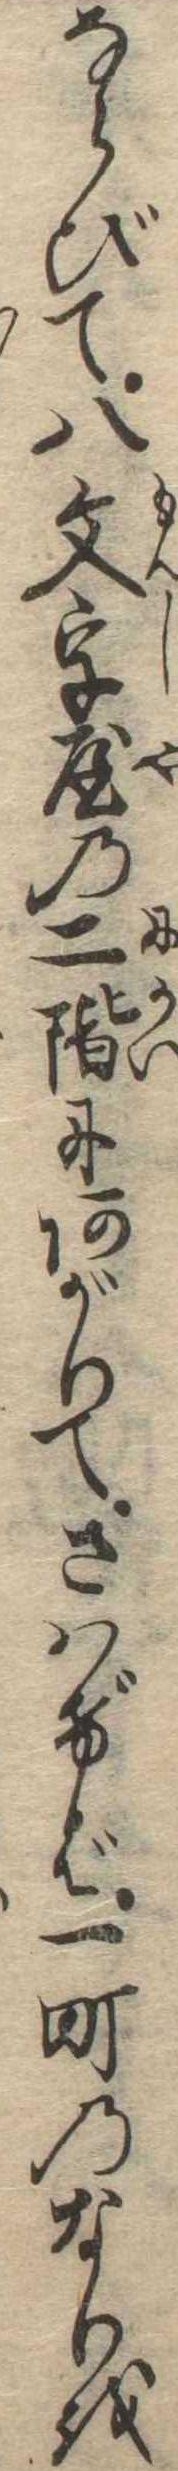
ならびて八文字屋の二階にあがりてさはげば一町のなりを